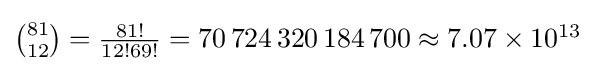
\textstyle {81 \choose 12}={\frac {81!}{12!69!}}=70\,724\,320\,184\,700\approx 7.07\times 10^{13}